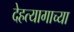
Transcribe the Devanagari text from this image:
देहत्यागाच्या